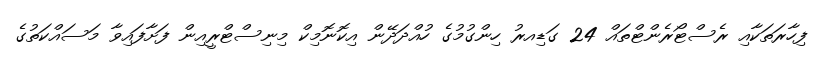
ފިހާރަތަކާއި ރެސްޓޯރެންޓްތައް 24 ގަޑިއރު ހިންގުމުގެ ހުއްދަދޭން އިކޮނޮމިކް މިނިސްޓްރީއިން ފަށާފައިވާ މަސައްކަތުގެ